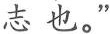
志也。 ”